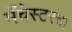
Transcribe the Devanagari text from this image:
मँचेस्टरचा